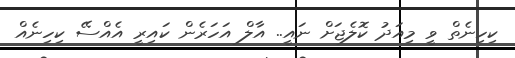
ކިހިނެތް ވީ މިއަދު ކޮލެޖަށް ނައީ.. އާލް އަހަރެން ކައިރީ އެއްސޭ ކިހިނެއް